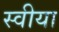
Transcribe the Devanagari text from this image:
स्वीया